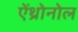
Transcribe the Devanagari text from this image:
ऐंथ्रोनोल